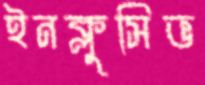
ইনক্লুসিভ